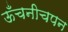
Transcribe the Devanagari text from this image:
ऊँचनीचपन